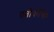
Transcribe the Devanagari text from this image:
प्रतीकोंख्‍